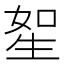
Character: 𤯥